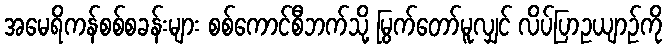
အမေရိကန်စစ်စခန်းများ စစ်ကောင်စီဘက်သို့ မြွက်တော်မူလျှင် လိပ်ပြာဥယျာဉ်ကို